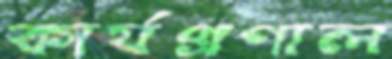
কার্যপ্রণাল